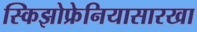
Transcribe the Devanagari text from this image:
स्किझोफ्रेनियासारखा